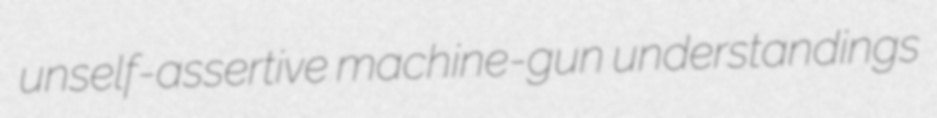
unself-assertive machine-gun understandings